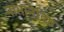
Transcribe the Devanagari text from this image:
नाभानेदिष्ठ